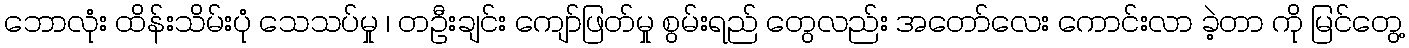
ဘောလုံး ထိန်းသိမ်းပုံ သေသပ်မှု ၊ တဦးချင်း ကျော်ဖြတ်မှု စွမ်းရည် တွေလည်း အတော်လေး ကောင်းလာ ခဲ့တာ ကို မြင်တွေ့